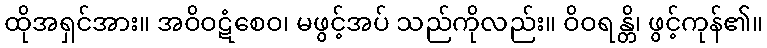
ထိုအရှင်အား။ အဝိဝဋံစေဝ၊ မဖွင့်အပ် သည်ကိုလည်း။ ဝိဝရန္တိ၊ ဖွင့်ကုန်၏။